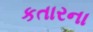
કતારના